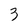
Character: 3